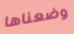
وضعناها